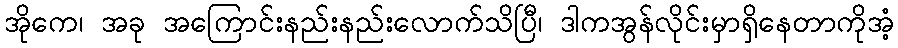
အိုကေ၊ အခု အကြောင်းနည်းနည်းလောက်သိပြီ၊ ဒါကအွန်လိုင်းမှာရှိနေတာကိုအံ့